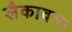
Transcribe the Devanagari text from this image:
लैकावना